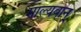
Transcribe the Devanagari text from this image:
माल्यवान्